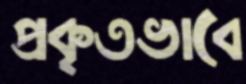
প্রকৃতভাবে